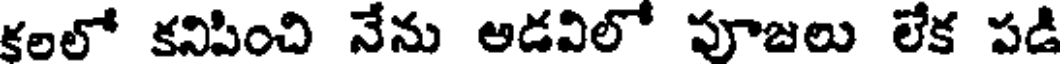
కలలో కనిపించి నేను అడవిలో పూజలు లేక పడి